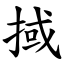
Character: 掝